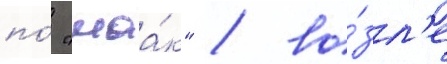
по́ "маа́к" / во́зл'е